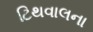
ટિથવાલના